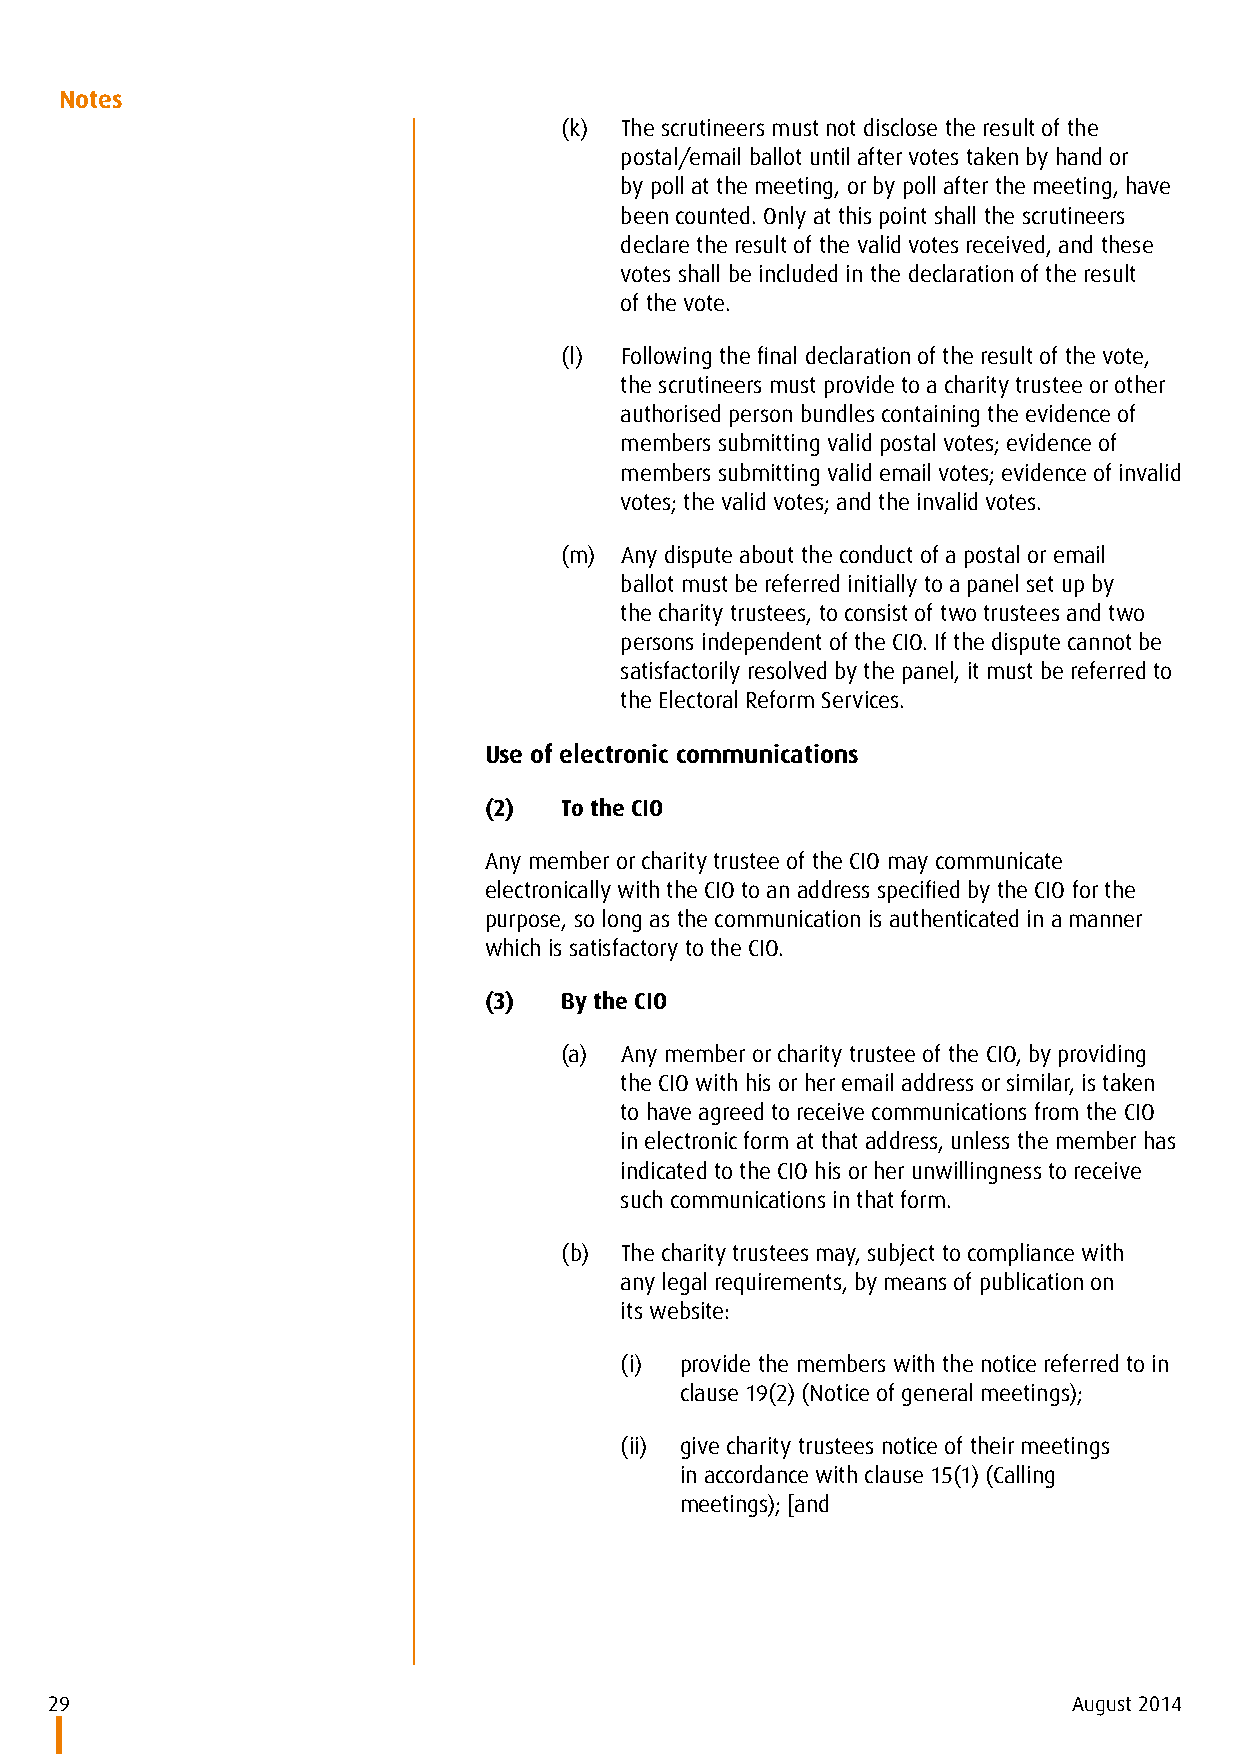
Notes
 (k) The scrutineers must not disclose the result of the
 postal/email ballot until after votes taken by hand or
 by poll at the meeting, or by poll after the meeting, have
 been counted. Only at this point shall the scrutineers
 declare the result of the valid votes received, and these
 votes shall be included in the declaration of the result
 of the vote.
 (l) Following the final declaration of the result of the vote,
 the scrutineers must provide to a charity trustee or other
 authorised person bundles containing the evidence of
 members submitting valid postal votes; evidence of
 members submitting valid email votes; evidence of invalid
 votes; the valid votes; and the invalid votes.
 (m) Any dispute about the conduct of a postal or email
 ballot must be referred initially to a panel set up by
 the charity trustees, to consist of two trustees and two
 persons independent of the CIO. If the dispute cannot be
 satisfactorily resolved by the panel, it must be referred to
 the Electoral Reform Services.
 Use of electronic communications
 (2)  To the CIO
 Any member or charity trustee of the CIO may communicate
 electronically with the CIO to an address specified by the CIO for the
 purpose, so long as the communication is authenticated in a manner
 which is satisfactory to the CIO.
 (3)  By the CIO
 (a) Any member or charity trustee of the CIO, by providing
 the CIO with his or her email address or similar, is taken
 to have agreed to receive communications from the CIO
 in electronic form at that address, unless the member has
 indicated to the CIO his or her unwillingness to receive
 such communications in that form.
 (b) The charity trustees may, subject to compliance with
 any legal requirements, by means of publication on
 its website:
 (i) provide the members with the notice referred to in
 clause 19(2) (Notice of general meetings);
 (ii) give charity trustees notice of their meetings
 in accordance with clause 15(1) (Calling
 meetings); [and
 29                                                                  August 2014